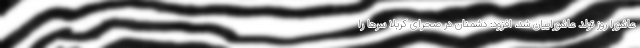
عاشورا روز تولد عاشوراییان شد، افزود: دشمنان در صحرای کربلا سرها را